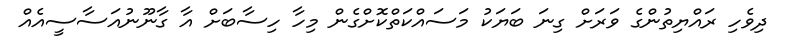
ދިވެހި ރައްޔިތުންގެ ވަރަށް ގިނަ ބަޔަކު މަސައްކަތްކޮށްގެން މިހާ ހިސާބަށް އާ ގާނޫނުއަސާސީއެއް